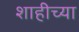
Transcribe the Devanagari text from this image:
शाहीच्या